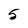
Character: 5